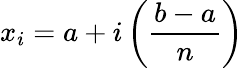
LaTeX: x_{i}=a+i\left({\frac{b-a}{n}}\right)